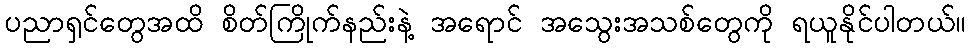
ပညာရှင်တွေအထိ စိတ်ကြိုက်နည်းနဲ့ အရောင် အသွေးအသစ်တွေကို ရယူနိုင်ပါတယ်။